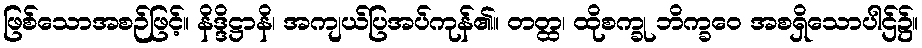
ဖြစ်သောအစဉ်ဖြင့်။ နိဒ္ဒိဋ္ဌာနိ၊ အကျယ်ပြအပ်ကုန်၏။ တတ္ထ၊ ထိုစက္ခု ဘိက္ခဝေ အစရှိသောပါဌ်၌။